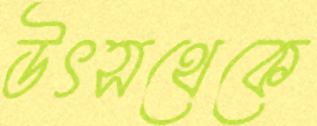
উৎসথেকে